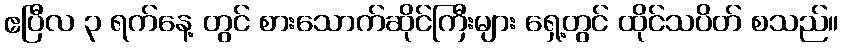
ဧပြီလ ၃ ရက်နေ့ တွင် စားသောက်ဆိုင်ကြီးများ ရှေ့တွင် ထိုင်သပိတ် စသည်။